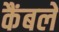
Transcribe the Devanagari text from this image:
कैंबले